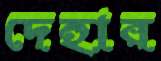
দেহার